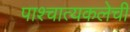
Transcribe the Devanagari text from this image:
पाश्चात्यकलेची